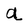
Character: a